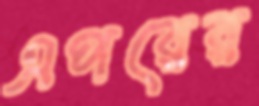
এপরের